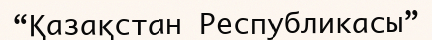
“Қазақстан Республикасы”